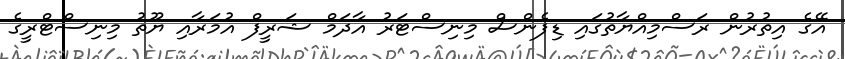
އޭގެ އިތުރުން ރަސްމިއްޔާތުގައި ޑިފެންސް މިނިސްޓަރު އާދަމް ޝަރީފް އުމަރާއި ޔޫތު މިނިސްޓްރީގެ